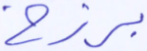
برزخ